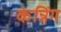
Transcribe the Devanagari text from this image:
केन्निंग